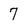
Character: 7